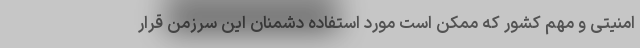
امنیتی و مهم کشور که ممکن است مورد استفاده دشمنان این سرزمن قرار